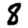
Digit: 8